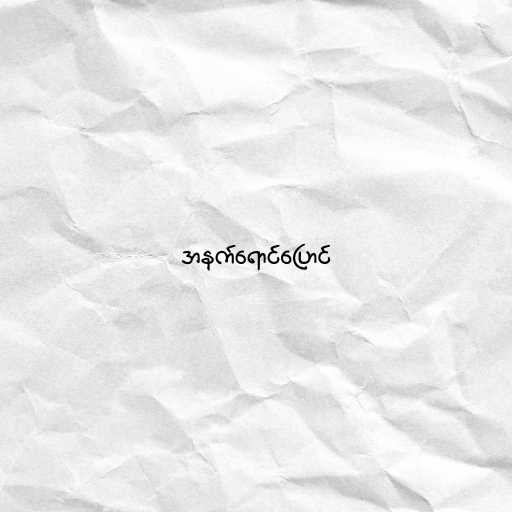
အနက်ရောင်ပြောင်